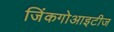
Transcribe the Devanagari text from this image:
जिंकगोआइटीज